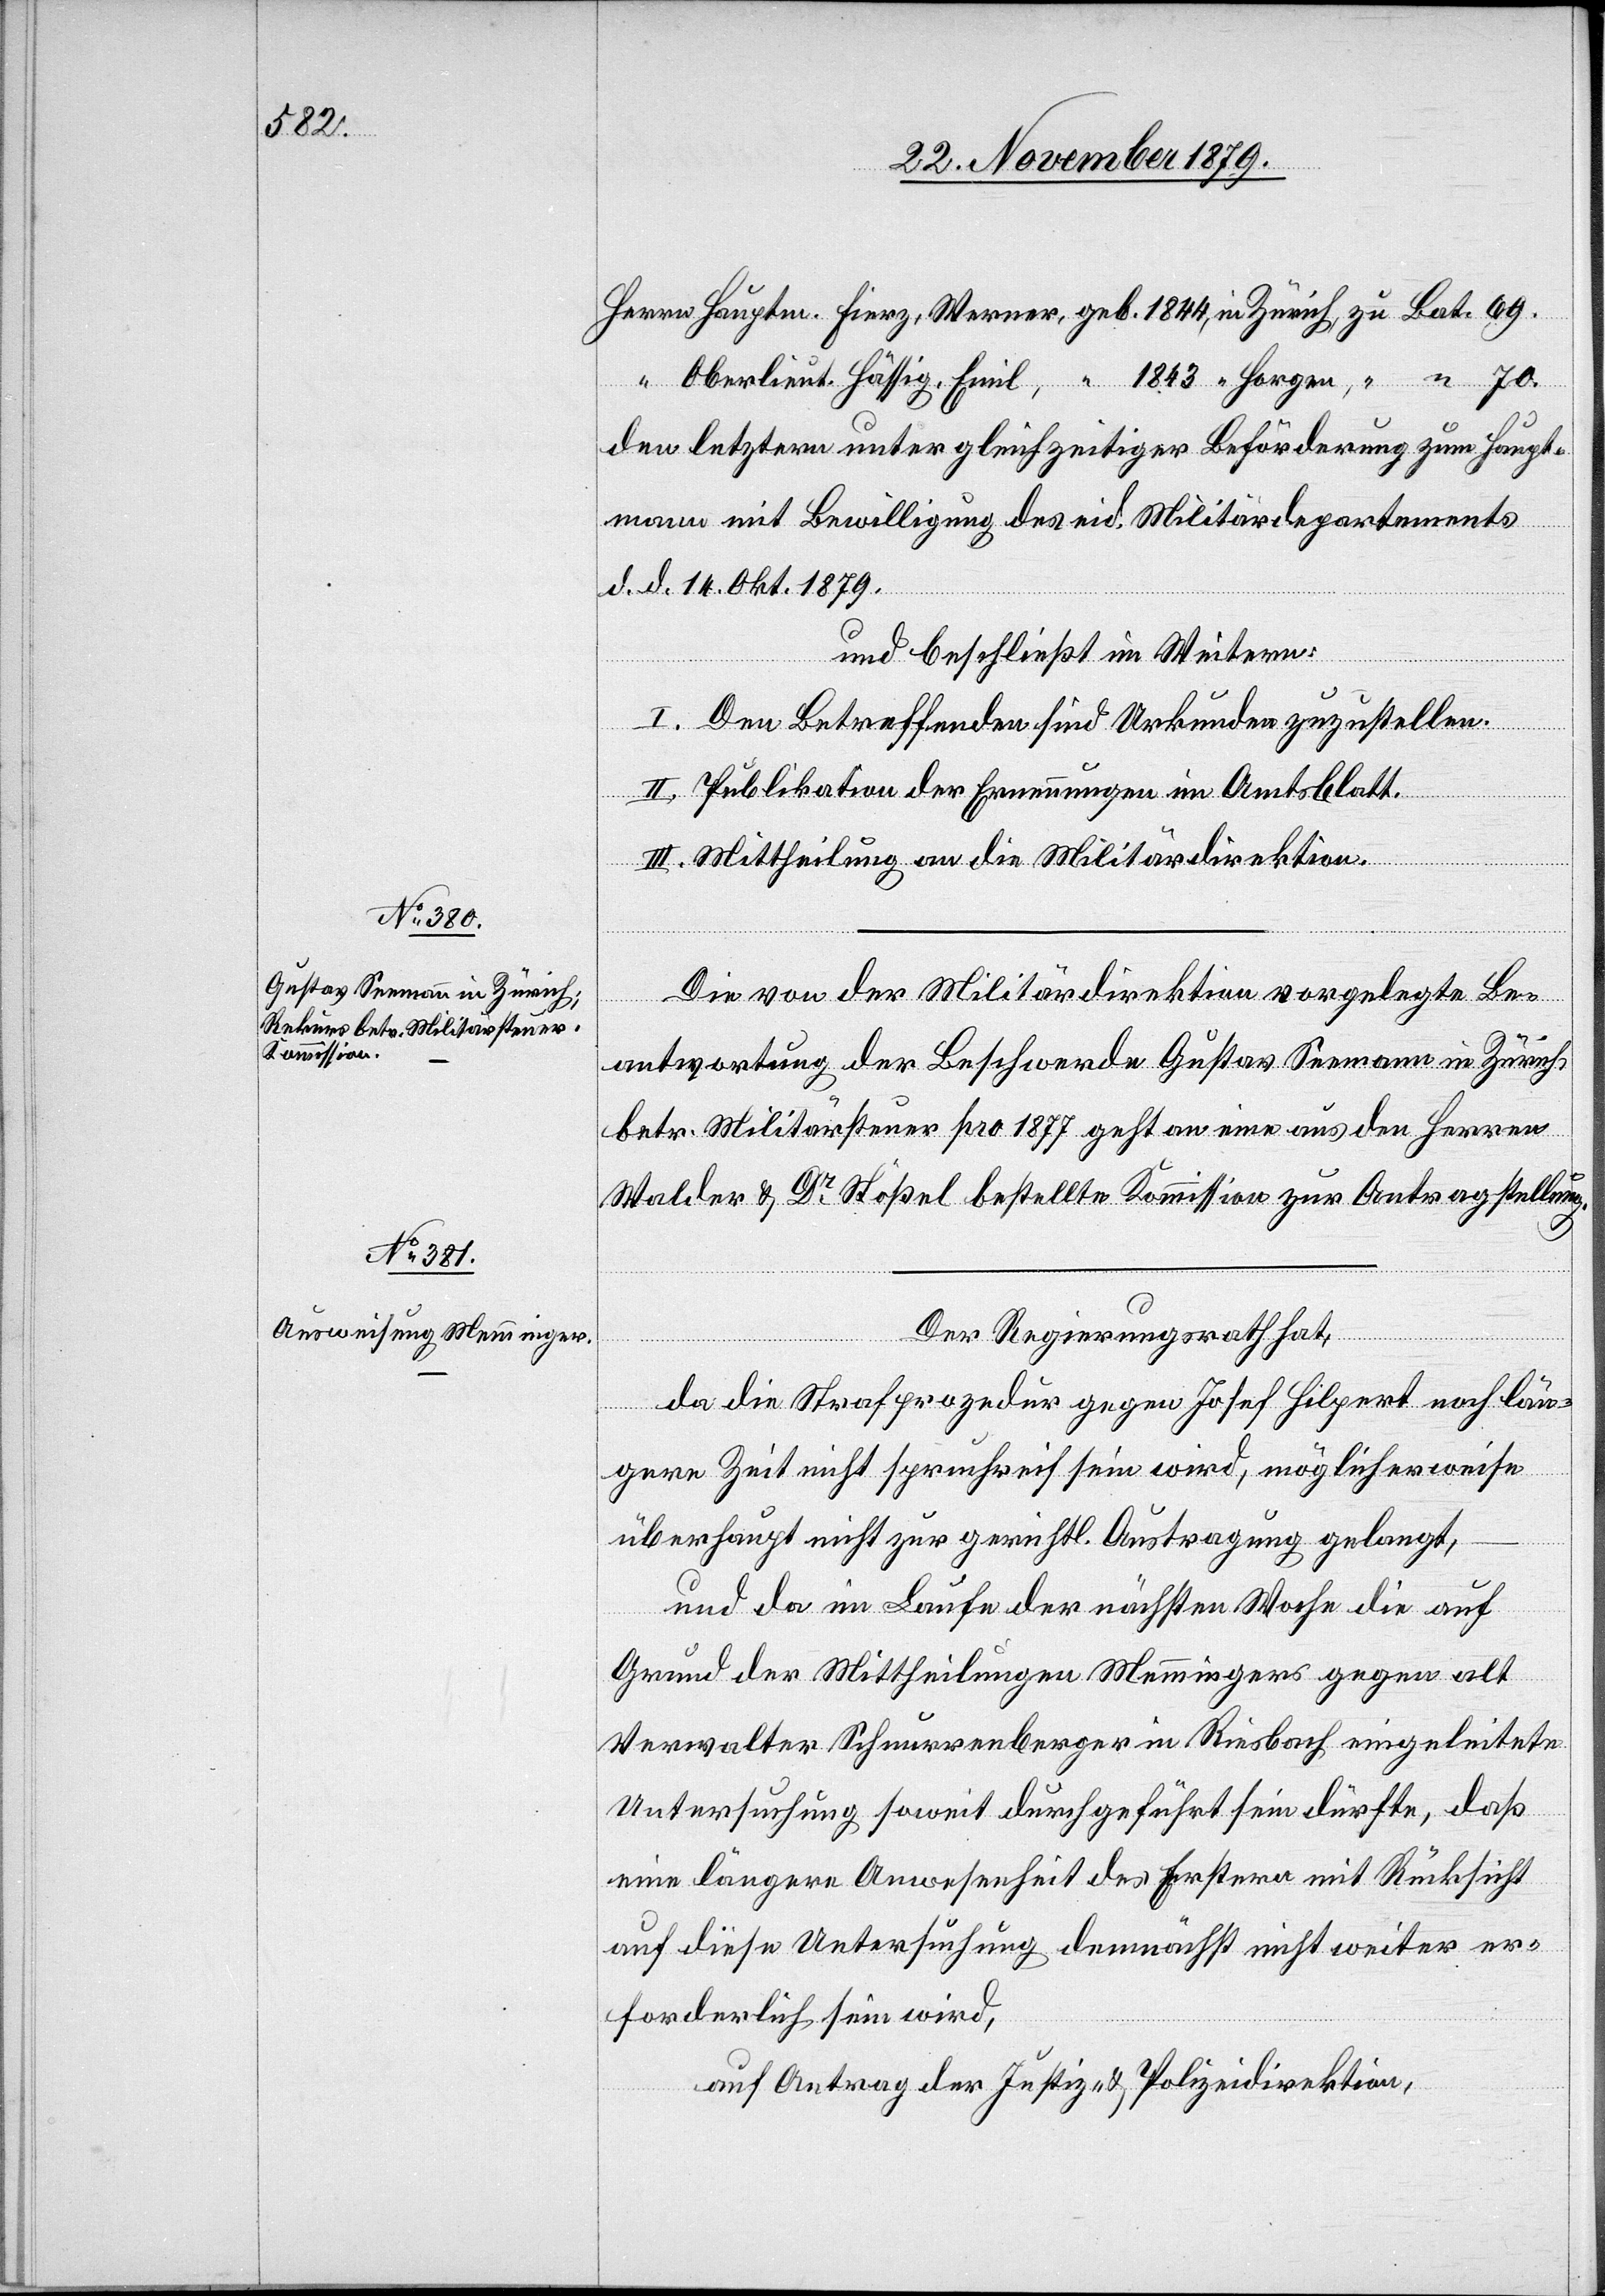
den letztern unter gleichzeitiger Beförderung zum Haupt¬
mann mit Bewilligung des eid. Militärdepartements
d. d. 14. Okt. 1879.
und beschließt im Weitern:
I. Den Betreffenden sind Urkunden zuzustellen.
II. Publikation der Ernennungen im Amtsblatt.
III. Mittheilung an die Militärdirektion.
Die von der Militärdirektion vorgelegte Be¬
antwortung der Beschwerde Gustav Seemann in Zürich
betr. Militärsteuer pro 1877 geht an eine aus den Herren
Walder & Dr Stössel bestellte Kommission zur Antragstellung.
Der Regierungsrath hat,
da die Strafprozedur gegen Josef Hilpert noch län¬
Horgen
gere Zeit nicht spruchreif sein wird, möglicherweise
überhaupt nicht zur gerichtl. Austragung gelangt,
und da im Laufe der nächsten Woche die auf
Grund der Mittheilungen Memmingers gegen alt
Verwalter Schnurrenberger in Riesbach eingeleitete
Untersuchung soweit durchgeführt sein dürfte, daß
eine längere Anwesenheit des Erstern mit Rücksicht
auf diese Untersuchung demnächst nicht weiter er¬
forderlich sein wird,
auf Antrag der Justiz- & Polizeidirektion,